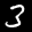
Label: 3